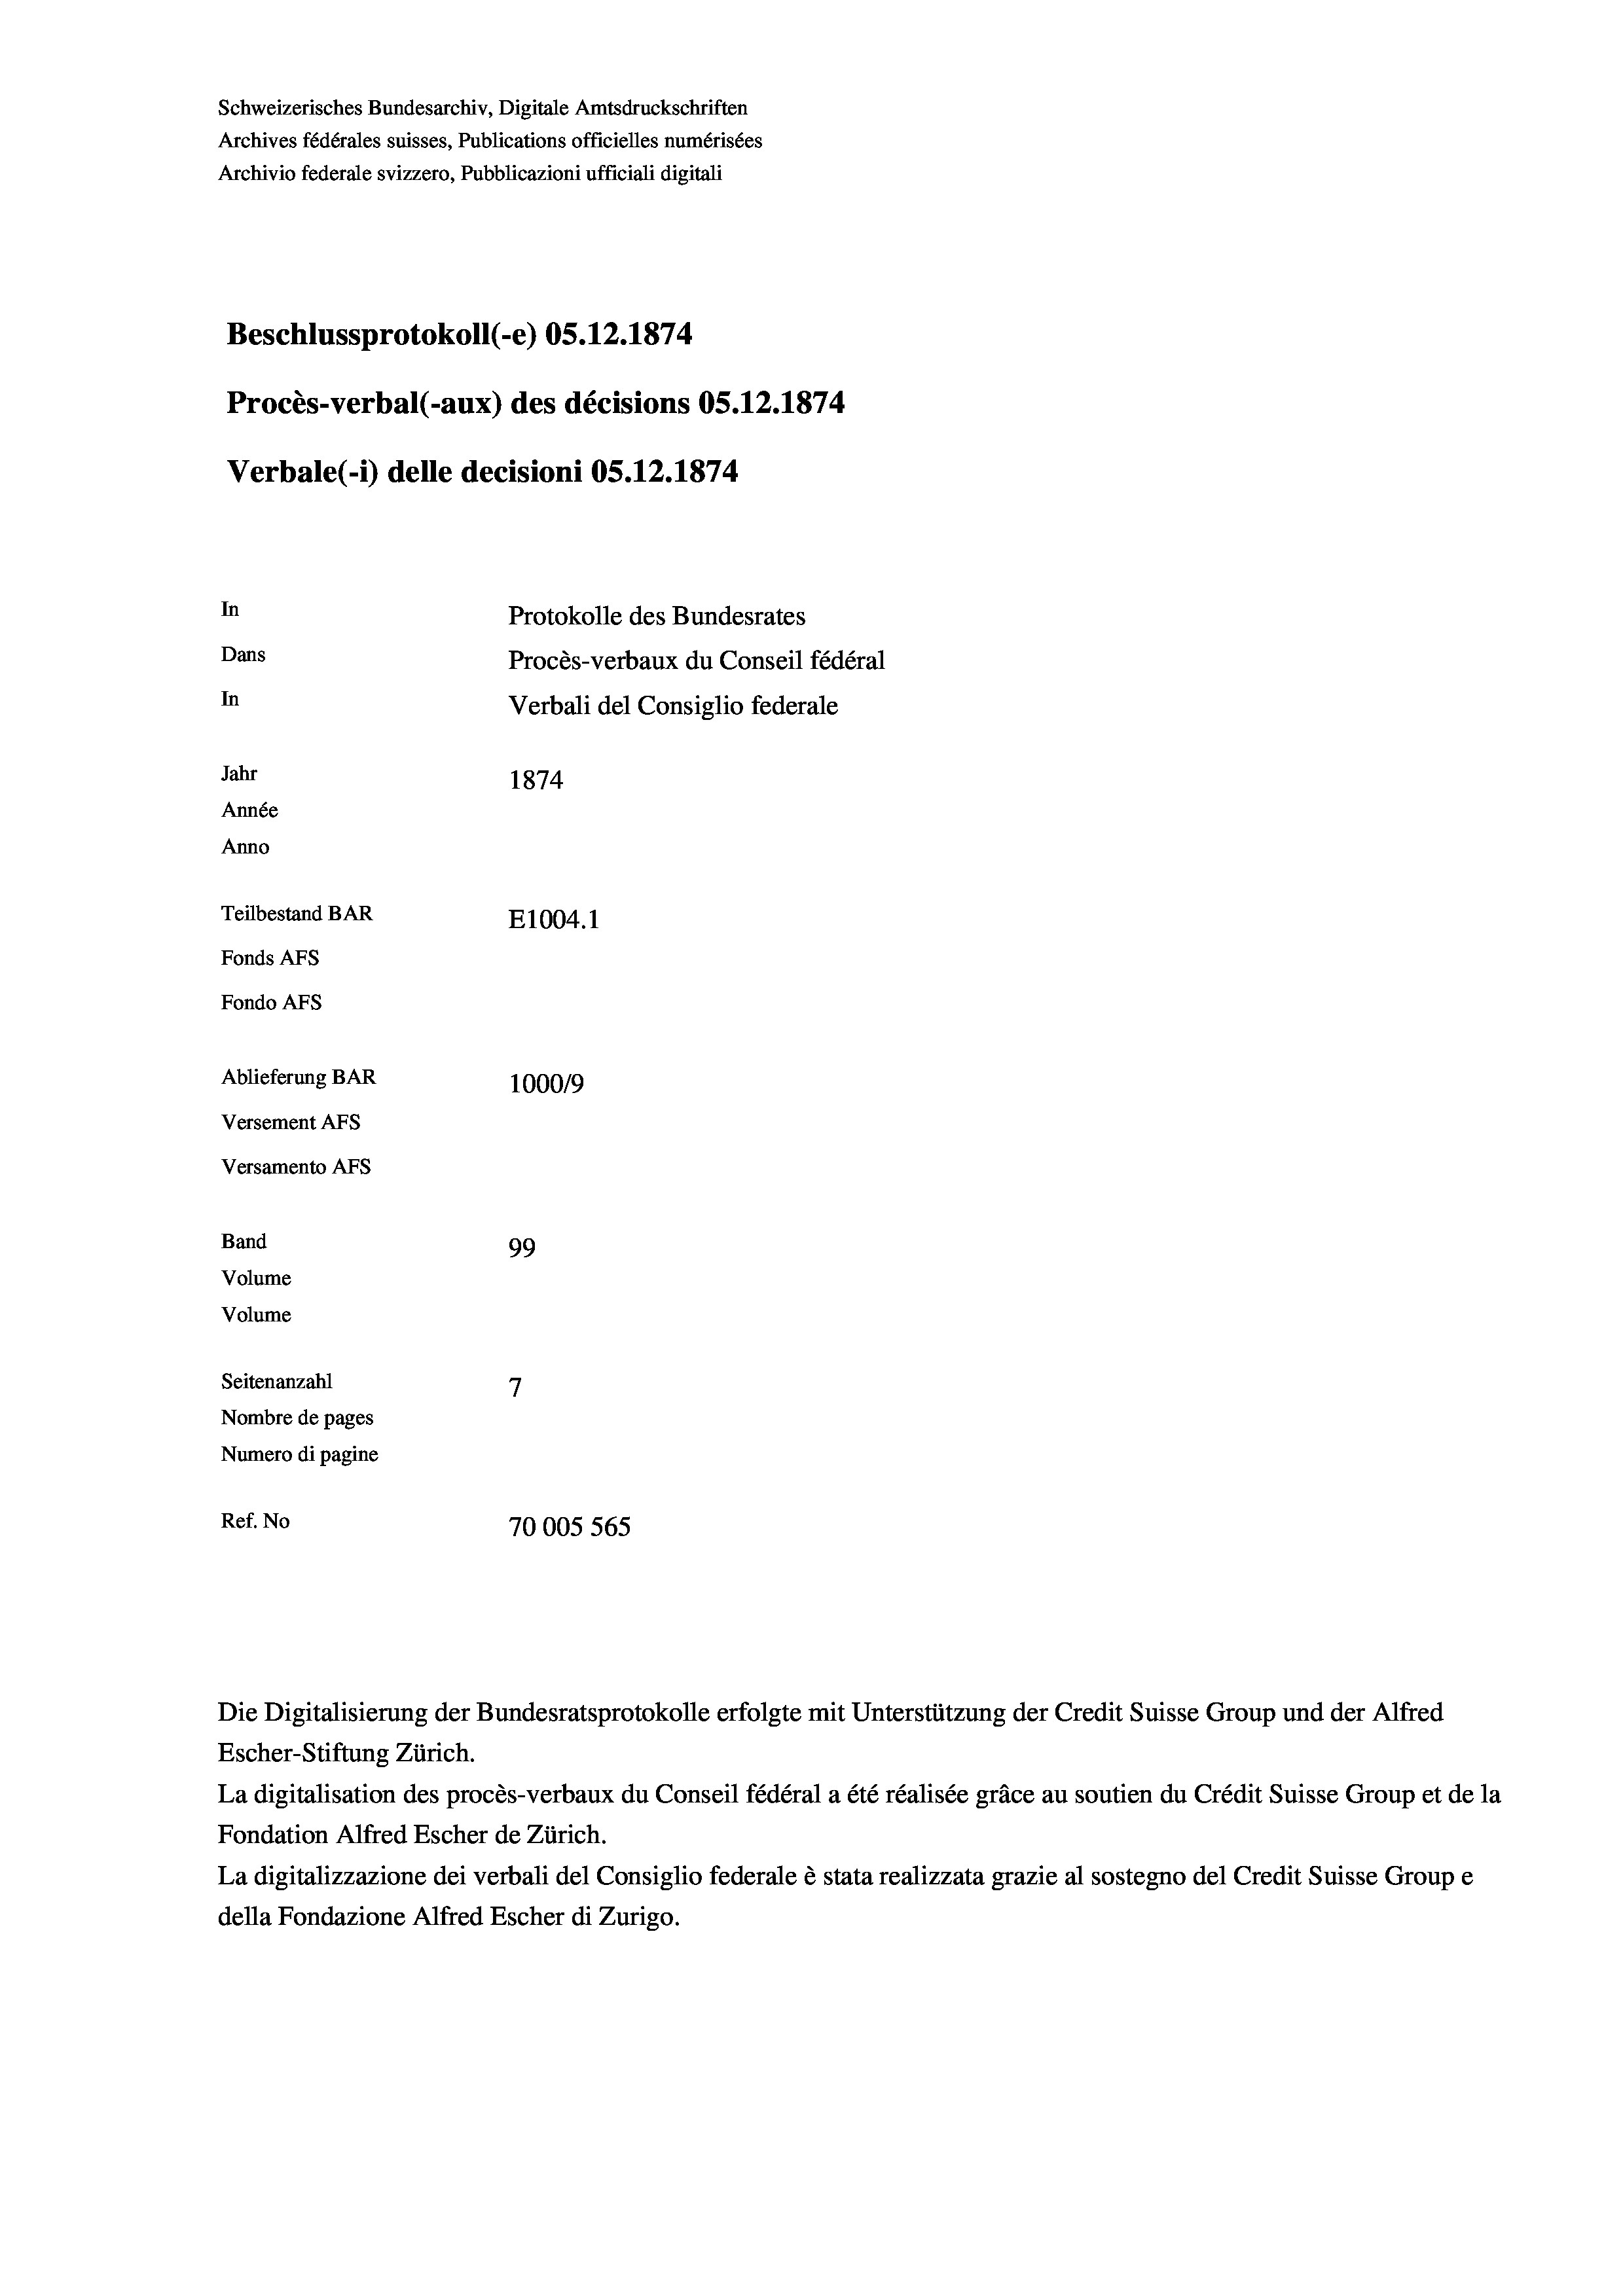
Schweizerisches Bundesarchiv, Digitale Amtsdruckschriften
Archives fédérales suisses, Publications officielles numérisées
Archivio federale svizzero, Pubblicazioni ufficiali digitali
Beschlussprotokoll (-e) OS.12.1874
Procès-verbal (-aux) des décisions OS.12.1874
Verbale(-*) delle decisioni OS.12.1874
In
Protokolle des Bundesrates
Dans
Procès-verbaux du Conseil fédéral
In
Verbali del Consiglio federale
Jahr
1874
Année
Anno
Teilbestand BAR
E1004.1
Fonds AFs
Fondo AFs
Ablieferung BAR
1000/9
Versement AFS
Versamento Afs
Band
99
Volume
Volume
7
Seitenanzahl
Nombre de pages
Numero di pagine
Ref. No
70005 565

Die Digitalisierung der Bundesratsprotokolle erfolgte mit Unterstützung der Credit Suisse Group und der Alfred
Escher-Stiftung Zürich.
La digitalisation des procès-verbaux du Conseil fédéral a été réalisée gräce au soutien du Crédit Suisse Group et de la
Fondation Alfred Escher de Zürich.
La digitalizzazione dei verbali del Consiglio federale è stata realizzata grazie al sostegno del Credit Suisse Groupe
della Fondazione Alfred Escher di Zurigo.